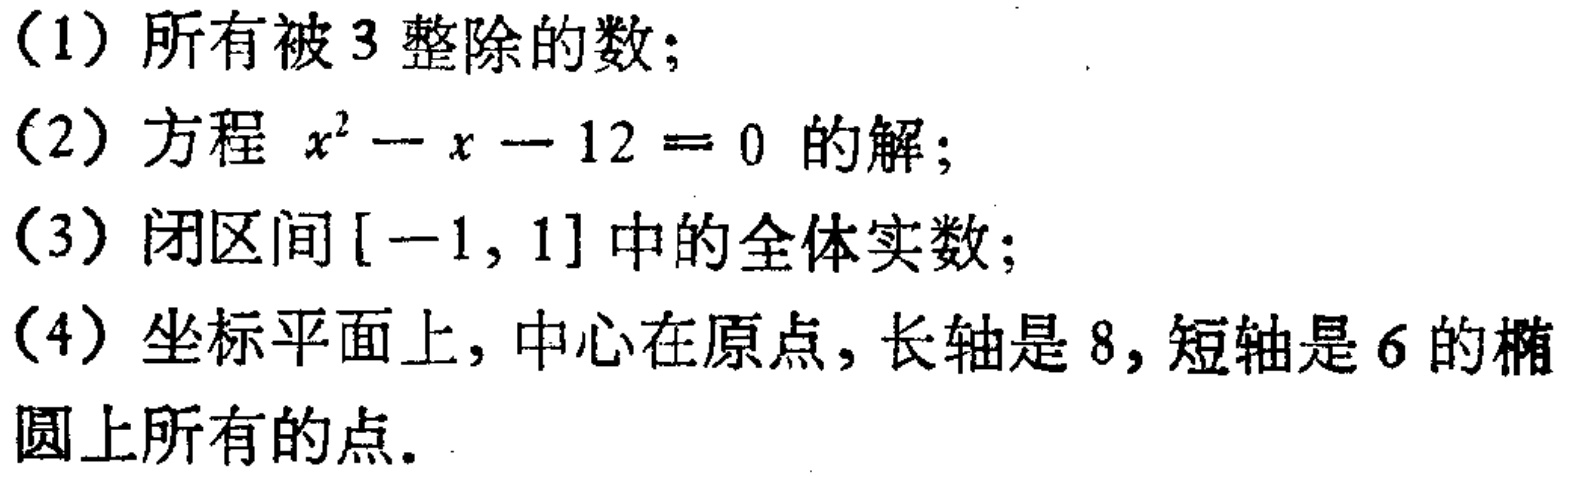
（1）所有被3整除的数；

（2）方程 \(x^{2}-x - 12 = 0\) 的解；

（3）闭区间\([-1,1]\)中的全体实数；

（4）坐标平面上，中心在原点，长轴是8，短轴是6的椭圆上所有的点。